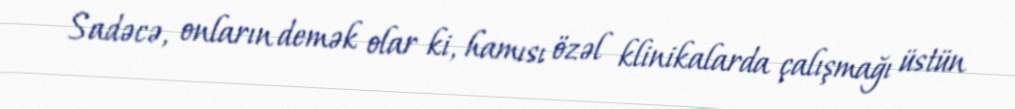
Sadəcə, onların demək olar ki, hamısı özəl klinikalarda çalışmağı üstün